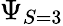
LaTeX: \Psi_{S=3}